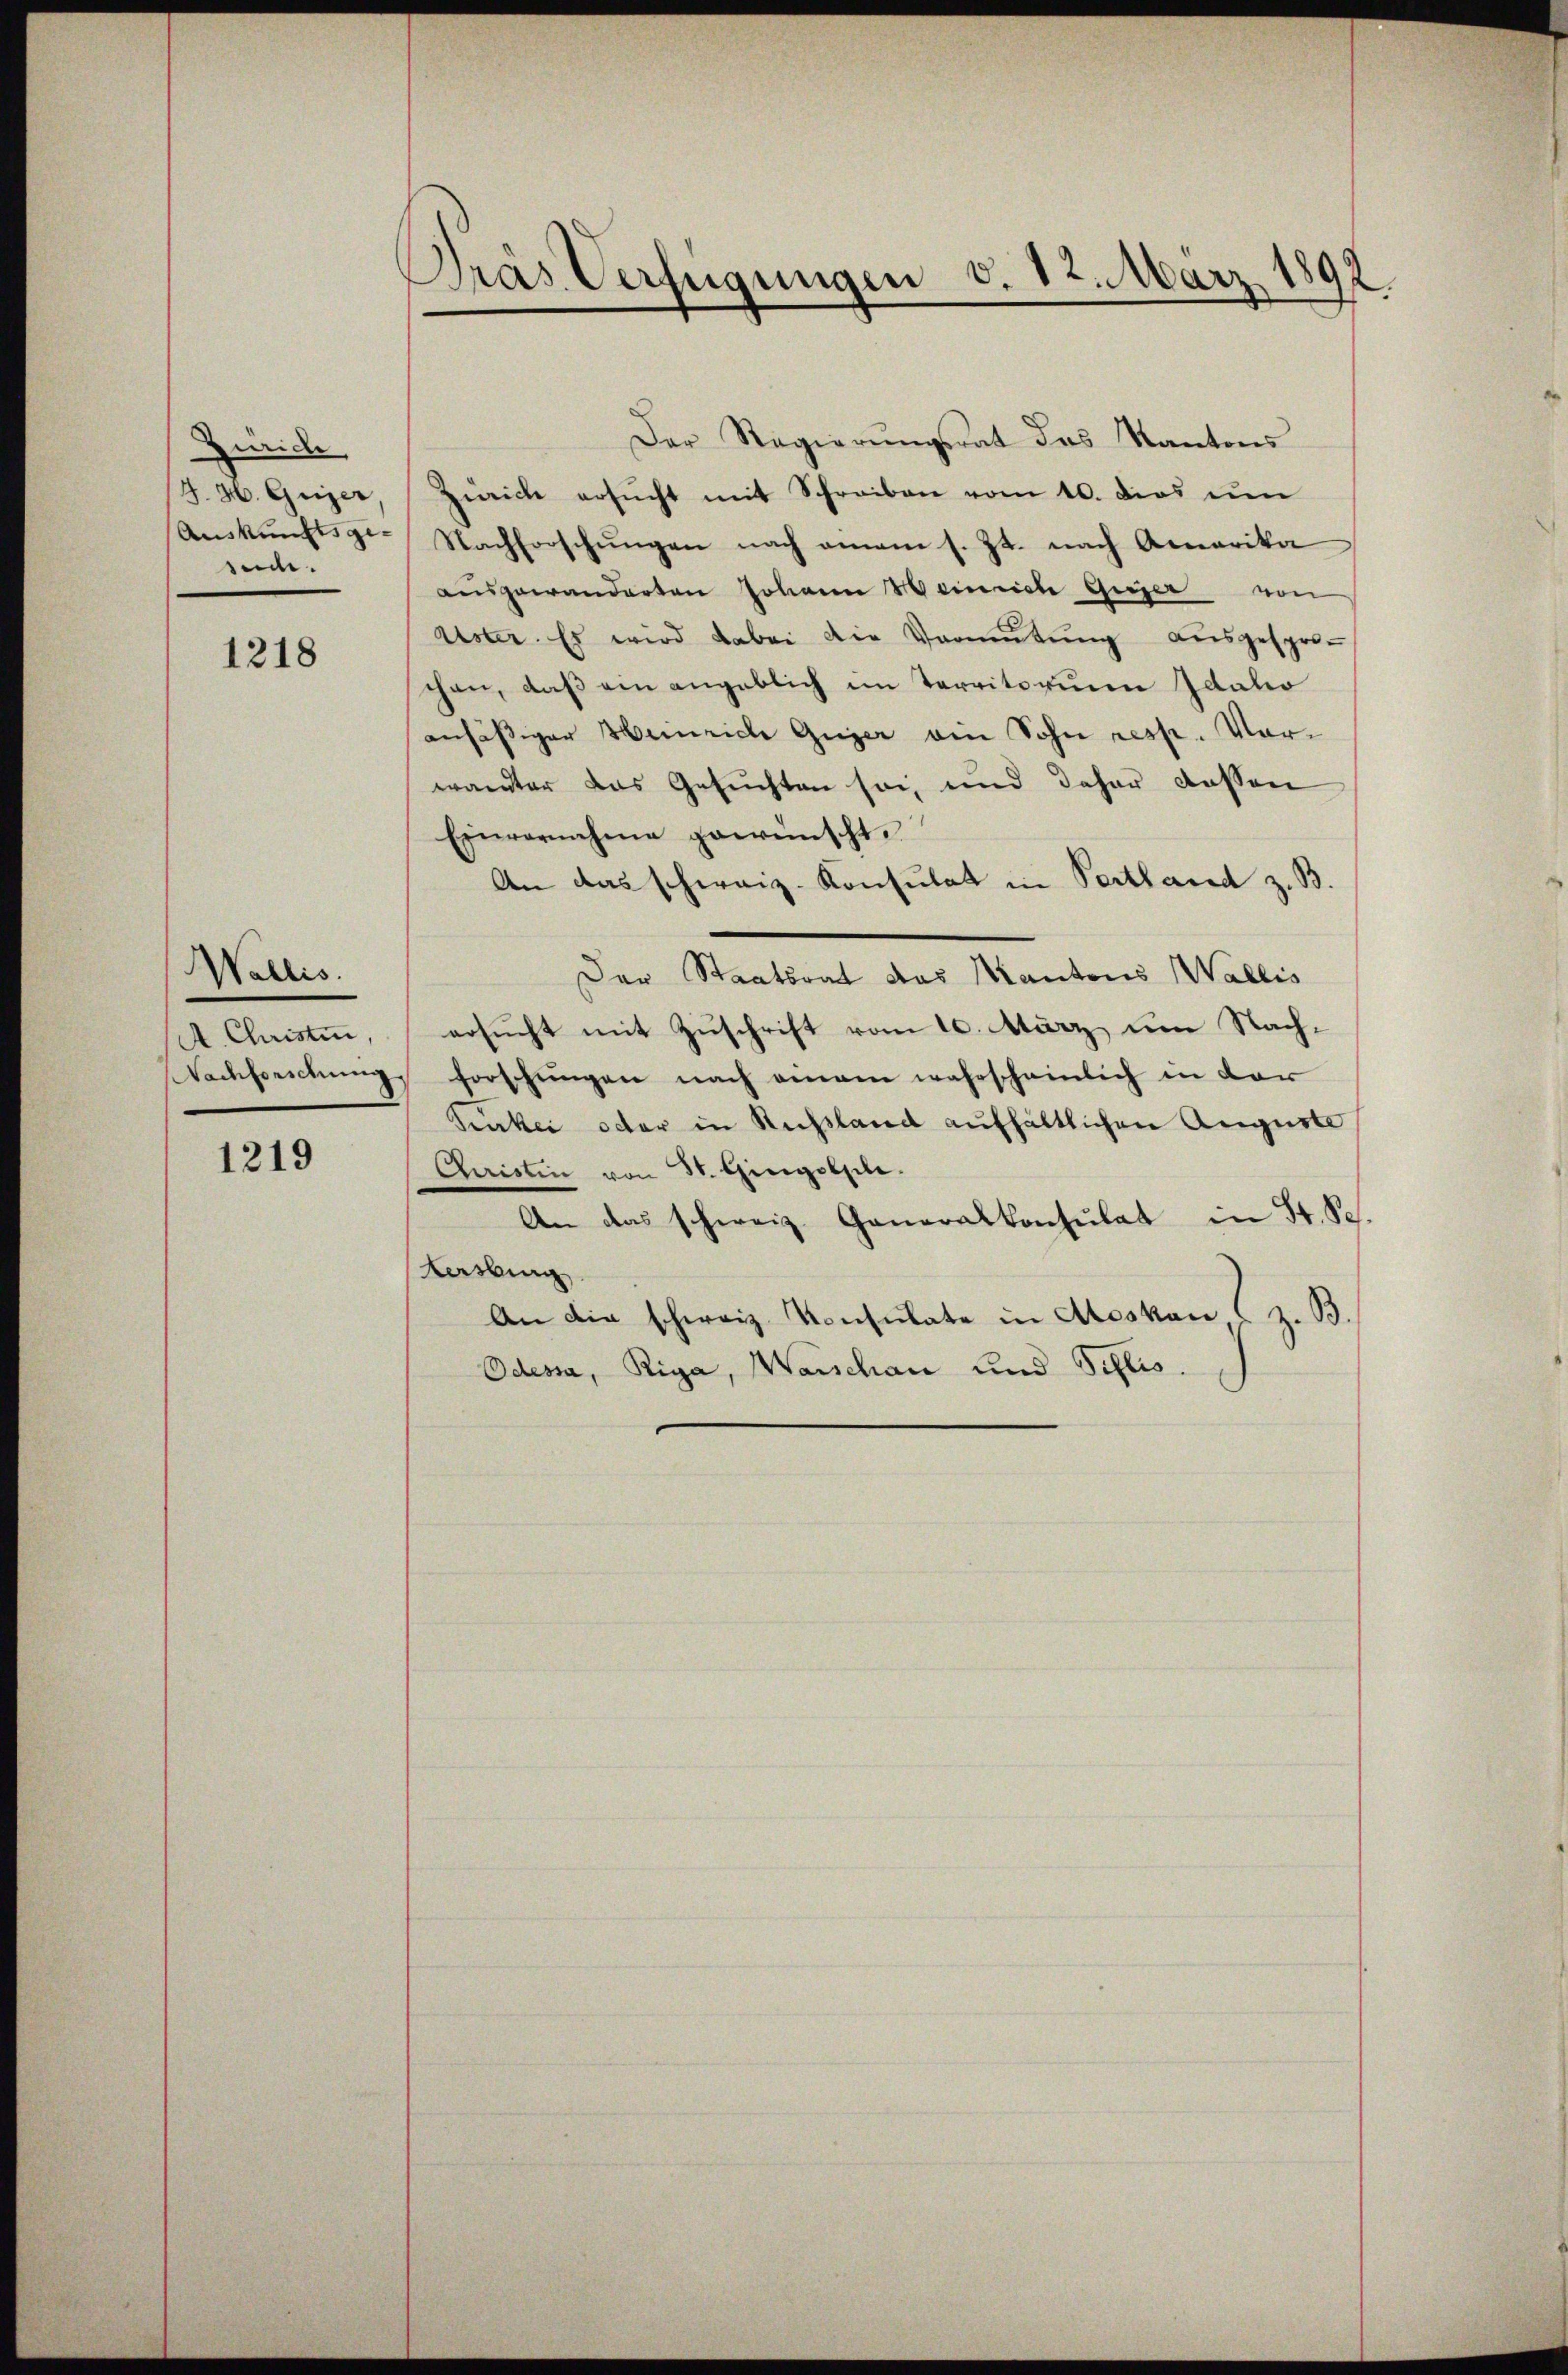
Zürich
H. H. Geizer
Auskunftsgesede.

1218

Wallis.
A. Christin,
Nachforschung

1219

Dras Verfügungen v. 12. März 1891.

Der Regierungsrat das Kantons
Zürich ersŭcht mit Schreiben vom 10. dies im
Nachforschŭngen nach eman s. Zt. nach Amerika
ausgewanderten Johann Weinrich Gieser von
Aster. Es wird dabei die Vormŭtŭng aŭsgespro-
chen, daß ein angeblich im Territorium Idako
ansässiger Heinrich Gujer am Sohn resp. Vorwandter das Gesuchten sei, und daher dessen
Einvernehme gewünscht.
An das schweiz. Konsulat in Perthand z. B.
Der Staatsrat das Mantons Wallis
ersucht mit Zuschrift vom 10. März um Nachforschungen nach einem wahrscheinlich in der
Penkei oder in Russland aufhältlichen Auguste
Christin von St. Gingolple.
An das schweiz. Generalkonsulat in St. S.
tersburg
An die schweiz. Konsulate in Aesken (z. B.
Odessa, Riga, Warschau und Sillis.